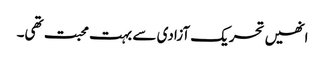
انھیں تحریک آزادی سے بہت محبت تھی۔